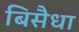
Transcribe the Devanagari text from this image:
बिसैधा